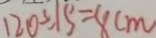
1 2 0 \div 1 5 = 8 c m